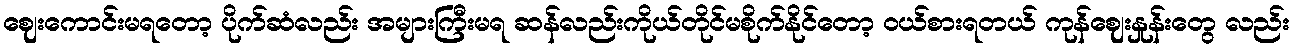
ဈေးကောင်းမရတော့ ပိုက်ဆံလည်း အများကြီးမရ ဆန်လည်းကိုယ်တိုင်မစိုက်နိုင်တော့ ဝယ်စားရတယ် ကုန်ဈေးနှုန်းတွေ လည်း